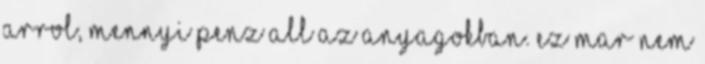
arrol, mennyi penz all az anyagokban. Ez mar nem